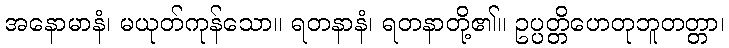
အနောမာနံ၊ မယုတ်ကုန်သော။ ရတနာနံ၊ ရတနာတို့၏။ ဥပ္ပတ္တိဟေတုဘူတတ္တာ၊